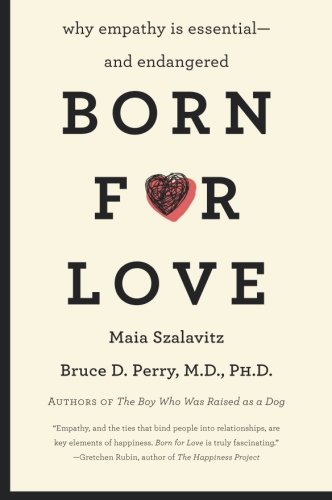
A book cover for Born for Love: Why Empathy Is Essential--and Endangered; Bruce  D. Perry; Health, Fitness & Dieting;